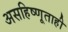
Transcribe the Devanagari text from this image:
असहिष्णूताही